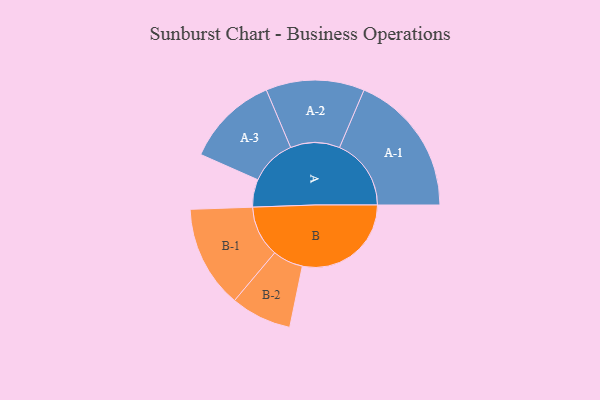
{"axis": {"x": "Segment", "y": "Value"}, "legend": ["", "A", "B"], "data": [{"x": "A", "y": 110, "type": ""}, {"x": "B", "y": 433, "type": ""}, {"x": "A-1", "y": 285, "type": "A"}, {"x": "A-2", "y": 196, "type": "A"}, {"x": "A-3", "y": 184, "type": "A"}, {"x": "B-1", "y": 204, "type": "B"}, {"x": "B-2", "y": 121, "type": "B"}]}